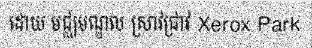
ដោយ មជ្ឈមណ្ឌល ស្រាវជ្រាវ Xerox Park